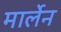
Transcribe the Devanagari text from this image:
मार्लेन